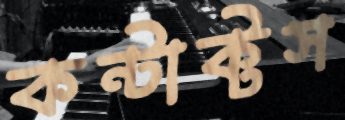
কন্টাক্টস